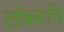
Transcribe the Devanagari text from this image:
लोकरूचि